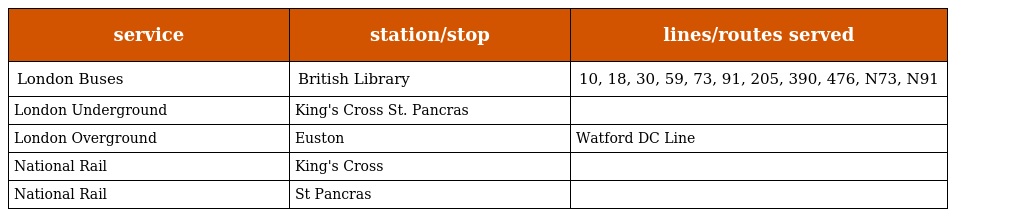
| service | station/stop | lines/routes served |
 | --- | --- | --- |
 | London Buses | British Library | 10, 18, 30, 59, 73, 91, 205, 390, 476, N73, N91 |
 | London Underground | King's Cross St. Pancras |  |
 | London Overground | Euston | Watford DC Line |
 | National Rail | King's Cross |  |
 | National Rail | St Pancras |  |